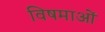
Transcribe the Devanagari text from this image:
विषमाओं